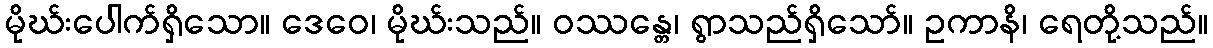
မိုဃ်းပေါက်ရှိသော။ ဒေဝေ၊ မိုဃ်းသည်။ ဝဿန္တေ၊ ရွာသည်ရှိသော်။ ဥကာနိ၊ ရေတို့သည်။